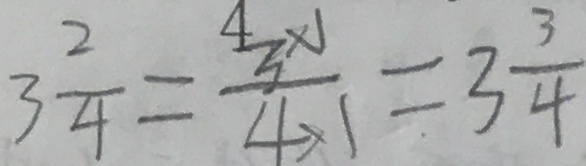
3 \frac { 2 } { 4 } = \frac { 3 \times 1 } { 4 \times 1 } = 3 \frac { 3 } { 4 }